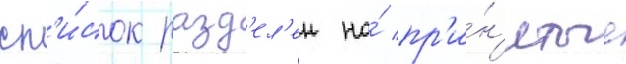
сп'и́сок разд'ел'ен на́ пр'и́н'ятые